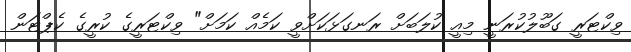
ވިކްޓަރީ ގަބޫލުކުރަނީ މިއީ ކުލަބަށް ރަނގަޅަކަށްވީ ކަމެއް ކަމަށް" ވިކްޓަރީގެ ކުރީގެ ކެޕްޓަން